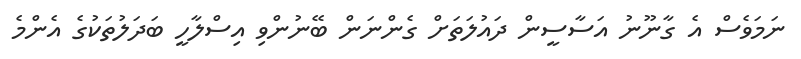
ނަމަވެސް އެ ގާނޫނު އަސާސީން ދައުލަތަށް ގެންނަން ބޭނުންވި އިސްލާހީ ބަދަލުތަކުގެ އެންމެ